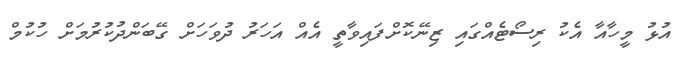
އުޅު މީހާއާ އެކު ރިސޯޓެއްގައި ޒިނޭކޮށްފައިވާތީ އެއް އަހަރު ދުވަހަށް ގޭބަންދުކުރުމަށް ހުކުމް